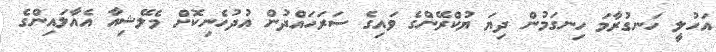
އަހުލީ ހަނގުރާމަ ހިނގަމުން ދިޔަ ޔުކްރޭންގެ ވައިގެ ސަރަހައްދުން އުދުހެނިކޮށް މެލޭޝިއާ އެއާލައިންގެ